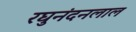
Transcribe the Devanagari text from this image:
रघुनंदनलाल